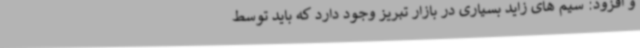
و افزود: سیم های زاید بسیاری در بازار تبریز وجود دارد که باید توسط